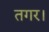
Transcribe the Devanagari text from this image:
तगर।